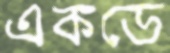
একডে